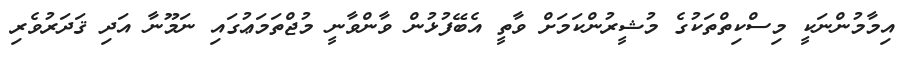
އިމާމުންނަކީ މިސްކިތްތަކުގެ މުޝީރުންކަމަށް ވާތީ އެބޭފުޅުން ވާންވާނީ މުޖްތަމަޢުގައި ނަމޫނާ އަދި ޤަދަރުވެރި